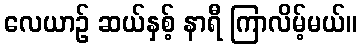
လေယာဉ် ဆယ်နှစ့် နာရီ ကြာလိမ့်မယ်။